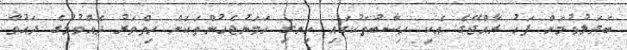
ބަދަލުވުމަށް ފަހު ރާއްޖޭގެ އެކި ހިސާބުތަކުގައި ހިނގި ހަމަނުޖެހުންތަކަށް ހިތްވަރު ދެއްވުމުގެ ދައުވާ